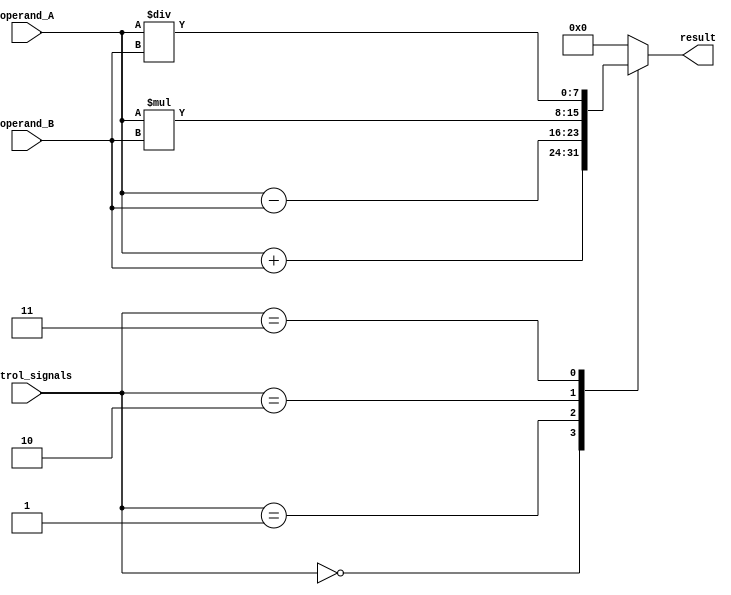
module ALU (
    input [7:0] operand_A,
    input [7:0] operand_B,
    input [3:0] control_signals,
    output reg [7:0] result
);

reg [7:0] add_result, sub_result, mul_result, div_result;
reg [7:0] and_result, or_result, xor_result, not_result;

always @(*)
begin
    // Arithmetic operations
    case(control_signals)
        4'b0000: result = add_result;
        4'b0001: result = sub_result;
        4'b0010: result = mul_result;
        4'b0011: result = div_result;
        default: result = 8'b0;
    endcase
    
    // Logical operations
    and_result = operand_A & operand_B;
    or_result = operand_A | operand_B;
    xor_result = operand_A ^ operand_B;
    not_result = ~operand_A;    
end

assign add_result = operand_A + operand_B;
assign sub_result = operand_A - operand_B;
assign mul_result = operand_A * operand_B;
assign div_result = operand_A / operand_B;

endmodule